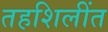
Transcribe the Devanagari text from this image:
तहशिलींत